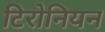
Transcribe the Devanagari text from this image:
टिरोनियन